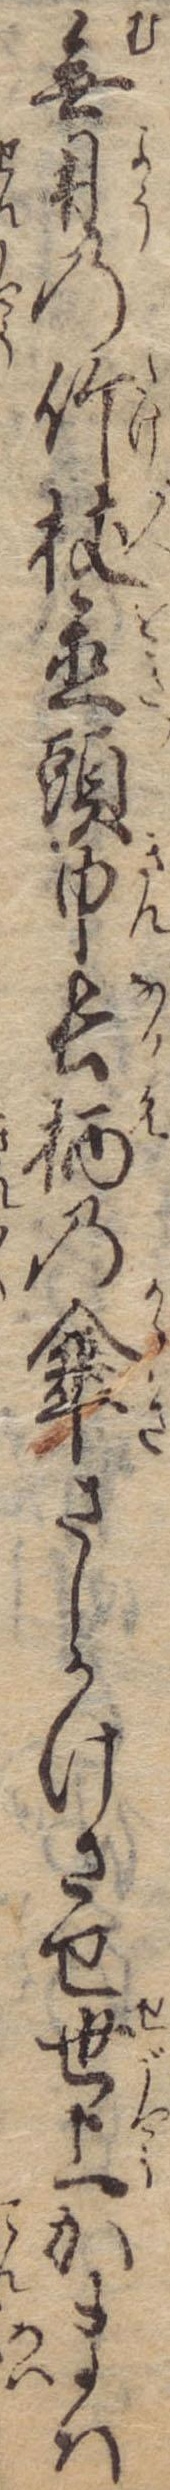
無用の竹杖置頭巾長柄の傘さしかけさせ世上かまは